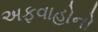
અફવાહોનો